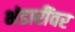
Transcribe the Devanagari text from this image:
भंडारींवर